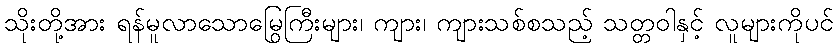
သိုးတို့အား ရန်မူလာသောမြွေကြီးများ၊ ကျား၊ ကျားသစ်စသည့် သတ္တဝါနှင့် လူများကိုပင်